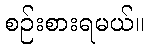
စဉ်းစားရမယ်။